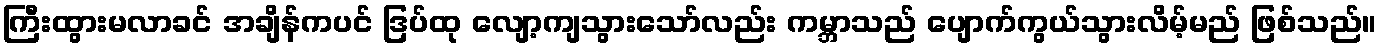
ကြီးထွားမလာခင် အချိန်ကပင် ဒြပ်ထု လျော့ကျသွားသော်လည်း ကမ္ဘာသည် ပျောက်ကွယ်သွားလိမ့်မည် ဖြစ်သည်။